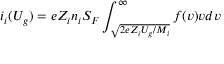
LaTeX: i _ { i } ( U _ { g } ) = e Z _ { i } n _ { i } S _ { F } \int _ { \sqrt { 2 e Z _ { i } U _ { g } / M _ { i } } } ^ { \infty } f ( v ) v d v